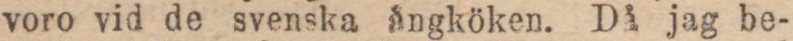
voro vid de svenska ångköken. Då jag be-